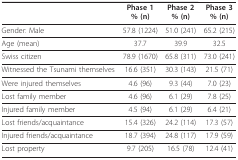
|  | Phase 1% (n) | Phase 2% (n) | Phase 3% (n) |
 | --- | --- | --- | --- |
 | Gender: Male | 57.8 (1224) | 51.0 (241) | 65.2 (215) |
 | Age (mean) | 37.7 | 39.9 | 32.5 |
 | Swiss citizen | 78.9 (1670) | 65.8 (311) | 73.0 (241) |
 | Witnessed the Tsunami themselves | 16.6 (351) | 30.3 (143) | 21.5 (71) |
 | Were injured themselves | 4.6 (96) | 9.3 (44) | 7.0 (23) |
 | Lost family member | 4.6 (96) | 6.1 (29) | 7.8 (25) |
 | Injured family member | 4.5 (94) | 6.1 (29) | 6.4 (21) |
 | Lost friends/acquaintance | 15.4 (326) | 24.2 (114) | 17.3 (57) |
 | Injured friends/acquaintance | 18.7 (394) | 24.8 (117) | 17.9 (59) |
 | Lost property | 9.7 (205) | 16.5 (78) | 12.4 (41) |